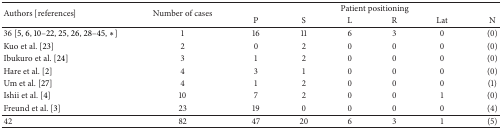
<table><thead><tr><td rowspan="2"><b>Authors [references]</b></td><td rowspan="2"><b>Number of cases</b></td><td colspan="6"><b>Patient positioning</b></td></tr><tr><td><b>P</b></td><td><b>S</b></td><td><b>L</b></td><td><b>R</b></td><td><b>Lat</b></td><td><b>N</b></td></tr></thead><tbody><tr><td>36 [5, 6, 10–22, 25, 26, 28–45 ∗]</td><td>1</td><td>16</td><td>11</td><td>6</td><td>3</td><td>0</td><td>(0)</td></tr><tr><td>Kuo et al. [23]</td><td>2</td><td>0</td><td>2</td><td>0</td><td>0</td><td>0</td><td>(0)</td></tr><tr><td>Ibukuro et al. [24]</td><td>3</td><td>1</td><td>2</td><td>0</td><td>0</td><td>0</td><td>(0)</td></tr><tr><td>Hare et al. [2]</td><td>4</td><td>3</td><td>1</td><td>0</td><td>0</td><td>0</td><td>(0)</td></tr><tr><td>Um et al. [27]</td><td>4</td><td>1</td><td>2</td><td>0</td><td>0</td><td>0</td><td>(1)</td></tr><tr><td>Ishii et al. [4]</td><td>10</td><td>7</td><td>2</td><td>0</td><td>0</td><td>1</td><td>(0)</td></tr><tr><td>Freund et al. [3]</td><td>23</td><td>19</td><td>0</td><td>0</td><td>0</td><td>0</td><td>(4)</td></tr><tr><td>42</td><td>82</td><td>47</td><td>20</td><td>6</td><td>3</td><td>1</td><td>(5)</td></tr></tbody></table>